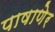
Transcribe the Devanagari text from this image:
पाषाणेर